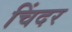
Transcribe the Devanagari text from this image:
चिंदर